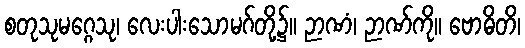
စတုသုမဂ္ဂေသု၊ လေးပါးသောမဂ်တို့၌။ ဉာဏံ၊ ဉာဏ်ကို။ ဗောဓိတိ၊